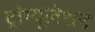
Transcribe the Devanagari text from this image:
ट्रांग्यूलेशन